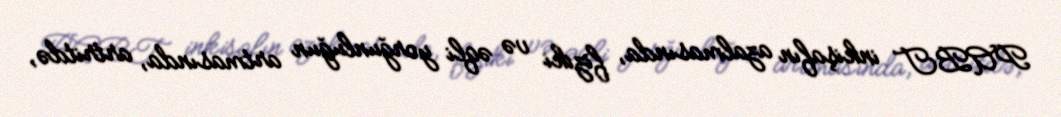
PABT inkişafın azalmasında, fiziki və əqli yorğunluğun artmasında, artritdə,